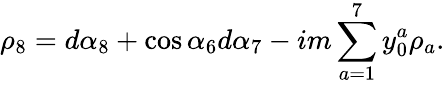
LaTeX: \rho_{8}=d\alpha_{8}+\cos{\alpha_{6}}d\alpha_{7}-im\sum_{a=1}^{7}y_{0}^{a}\rho_{a}.